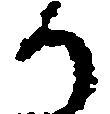
り